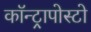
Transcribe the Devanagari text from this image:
कॉन्ट्रापोस्टो